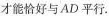
才能恰好与AD平行。